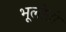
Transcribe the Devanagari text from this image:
भूलोतो